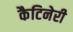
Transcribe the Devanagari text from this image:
कैटिनेरी